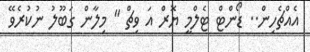
އެއްޗެހިން.. ޑޯންޓް ޓެލްމީ ޔޮރް އަ ވިޗް " މިލާން ގަބޫލު ނުކުރެވޭ